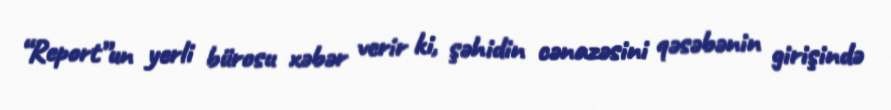
“Report”un yerli bürosu xəbər verir ki, şəhidin cənazəsini qəsəbənin girişində